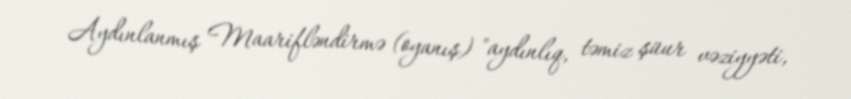
Aydınlanmış Maarifləndirmə (oyanış) "aydınlıq, təmiz şüur vəziyyəti,